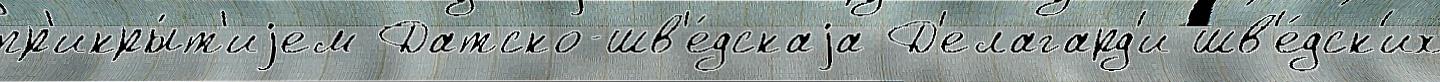
пр'икры́т'иjем Датско-шв'е́дскаjа Д'елагард'и шв'е́дск'их